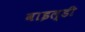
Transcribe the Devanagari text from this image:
वाइल्डी